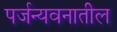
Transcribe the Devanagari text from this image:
पर्जन्यवनातील